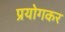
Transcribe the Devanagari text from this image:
प्रयोगकर